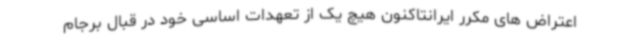
اعتراض های مکرر ایرانتاکنون هیچ یک از تعهدات اساسی خود در قبال برجام